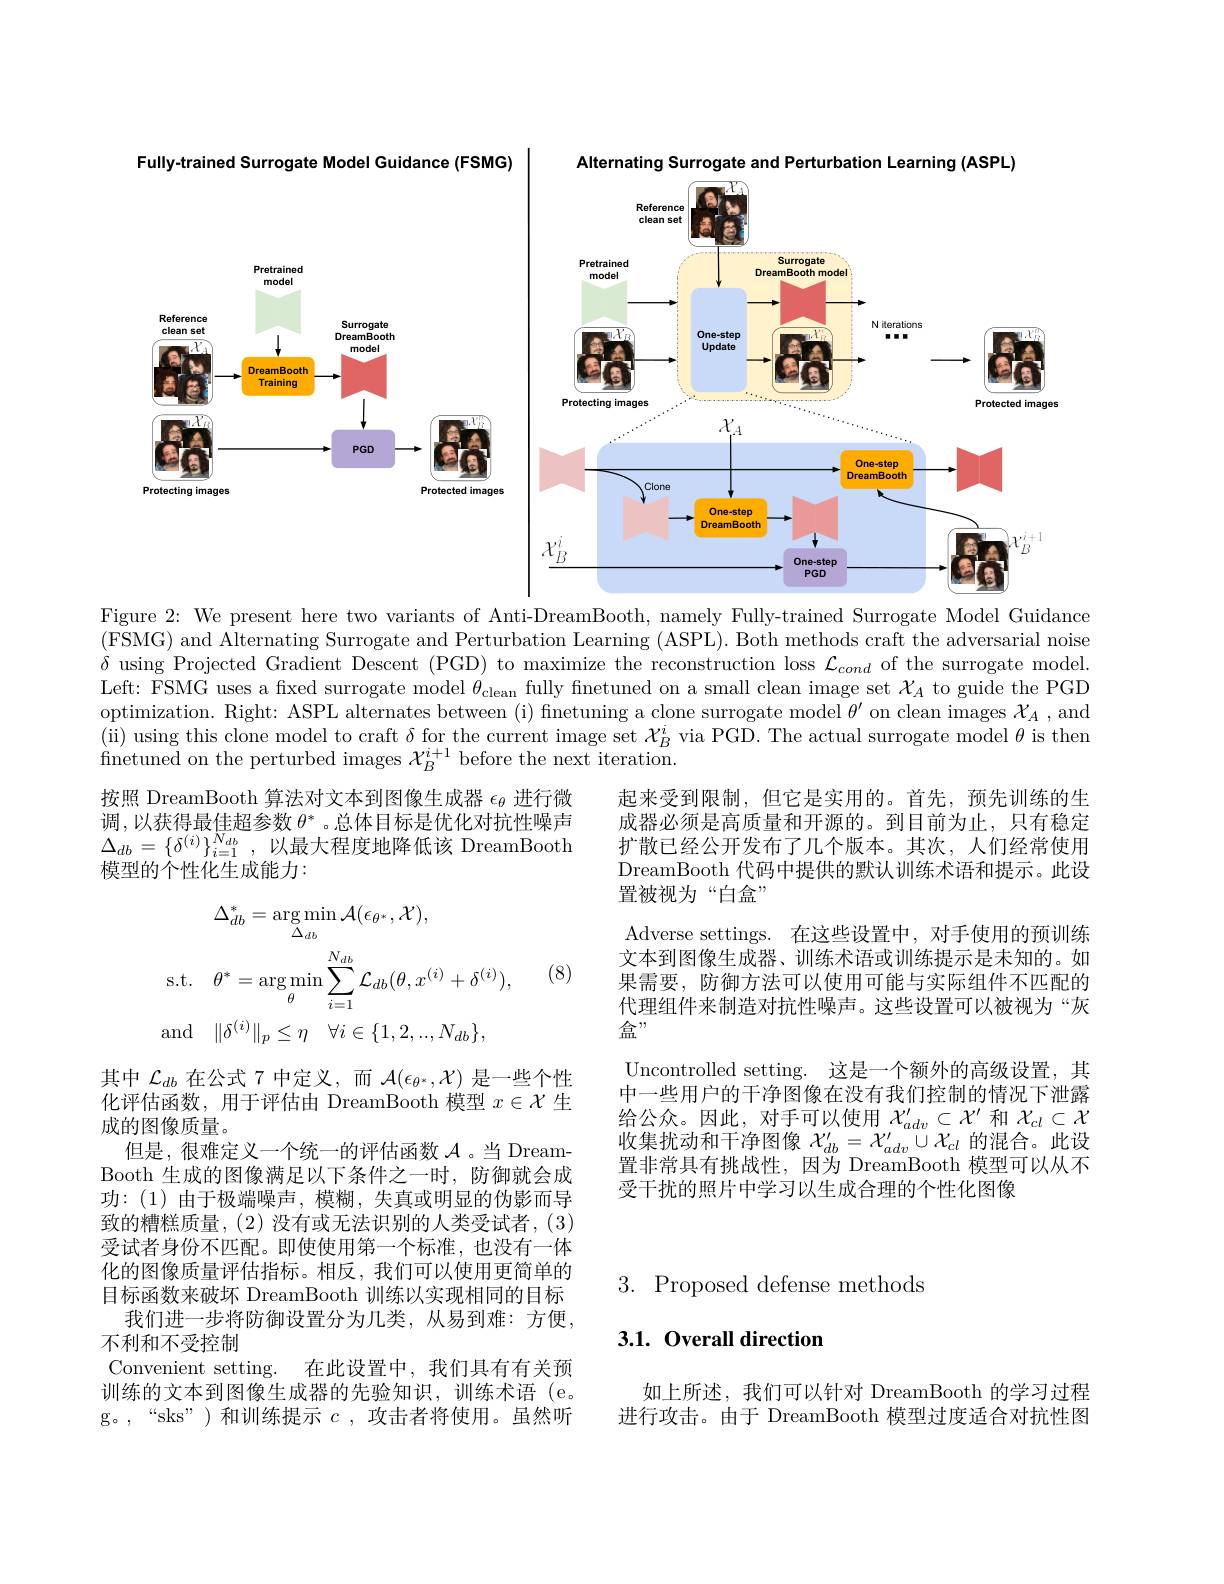
<FigureHere>
Figure 2: We present here two variants of Anti-DreamBooth, namely Fully-trained Surrogate Model Guidance

(FSMG) and Alternating Surrogate and Perturbation Learning (ASPL). Both methods craft the adversarial noise $\delta$ using Projected Gradient Descent (PGD) to maximize the reconstruction loss $\mathcal{L}_cond$ of the surrogate model. Left: FSMG uses a fixed surrogate model $\theta_\mathrm{clean}$ fully finetuned on a small clean image set $\chi_A$ to guide the PGD optimization. Right: ASPL alternates between (i) finetuning a clone surrogate model $\theta^\prime$ on clean images $\mathcal{X}_A$ ,and (ii) using this clone model to craft $\delta$ for the current image set $\mathcal{X}_B^i$ via PGD. The actual surrogate model $\theta$ is then finetuned on the perturbed images $\mathcal{X}_B^{i+1}$ before the next iteration.

按照 DreamBooth 算法对文本到图像生成器$\epsilon_\mathrm{\theta}$进行微调，以获得最佳超参数$\theta^*$ 。总体目标是优化对抗性噪声$\Delta_{db}=\{\delta^{(i)}\}_{i=1}^{N_{db}}$,以最大程度地降低该 DreamBooth 模型的个性化生成能力：

(8)
$$\begin{aligned}&\Delta_{db}^{*}=\arg\operatorname*{min}_{\Delta_{db}}\mathcal{A}(\epsilon_{\theta^{*}},\mathcal{X}),\\\mathrm{s.t.}&\theta^{*}=\arg\operatorname*{min}_{\theta}\sum_{i=1}^{N_{db}}\mathcal{L}_{db}(\theta,x^{(i)}+\delta^{(i)}),\\\mathrm{and}&\|\delta^{(i)}\|_{p}\leq\eta\quad\forall i\in\{1,2,..,N_{db}\},\end{aligned}$$
起来受到限制，但它是实用的。首先，预先训练的生成器必须是高质量和开源的。到目前为止，只有稳定扩散已经公开发布了几个版本。其次，人们经常使用DreamBooth 代码中提供的默认训练术语和提示。此设置被视为“白盒”
Adverse settings. 在这些设置中，对手使用的预训练文本到图像生成器、训练术语或训练提示是未知的。如果需要，防御方法可以使用可能与实际组件不匹配的代理组件来制造对抗性噪声。这些设置可以被视为“灰盒”
Uncontrolled setting. 这是一个额外的高级设置，其中一些用户的干净图像在没有我们控制的情况下泄露给公众。因此，对手可以使用$\mathcal{X}_adv^{\prime}\subset\mathcal{X}^{\prime}$和$\mathcal{X}_cl\subset\mathcal{X}$ 收集扰动和干净图像$\mathcal{X}_db^{\prime}=\mathcal{X}_{adv}^{\prime\prime}\cup\mathcal{X}_{cl}$的混合。此设置非常具有挑战性，因为 DreamBooth 模型可以从不受干扰的照片中学习以生成合理的个性化图像

其中$\mathcal{L}_db$在公式 7 中定义，而$\mathcal{A}(\epsilon_{\theta^*},\mathcal{X})$是一些个性化评估函数，用于评估由 DreamBooth 模型$x\in\mathcal{X}$生成的图像质量。
但是，很难定义一个统一的评估函数$\mathcal{A}$ 。当 DreamBooth 生成的图像满足以下条件之一时，防御就会成功：(1)由于极端噪声，模糊，失真或明显的伪影而导致的糟糕质量，(2)没有或无法识别的人类受试者，(3) 受试者身份不匹配。即使使用第一个标准，也没有一体化的图像质量评估指标。相反，我们可以使用更简单的目标函数来破坏 DreamBooth 训练以实现相同的目标
我们进一步将防御设置分为几类，从易到难：方便，
不利和不受控制
Convenient setting. 在此设置中，我们具有有关预训练的文本到图像生成器的先验知识，训练术语(e。g。,“sks”)和训练提示$c$,攻击者将使用。虽然听

## $3.{\mathrm{~Proposed~defense~methods}}$

## 3.1. Overall direction

如上所述，我们可以针对 DreamBooth 的学习过程进行攻击。由于 DreamBooth 模型过度适合对抗性图